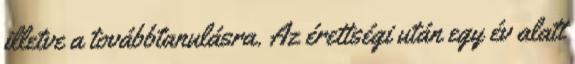
illetve a továbbtanulásra. Az érettségi után egy év alatt